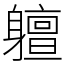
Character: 䡀